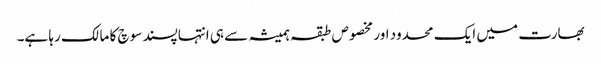
بھارت میں ایک محدود اور مخصوص طبقہ ہمیشہ سے ہی انتہاپسند سوچ کا مالک رہا ہے۔